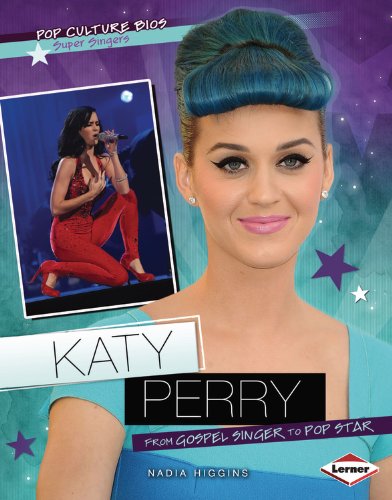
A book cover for Katy Perry: From Gospel Singer to Pop Star (Pop Culture Bios); Nadia Higgins; Children's Books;